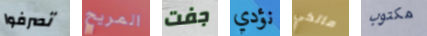
تصرفوا المريح جفت نؤدي مالكي مكتوب